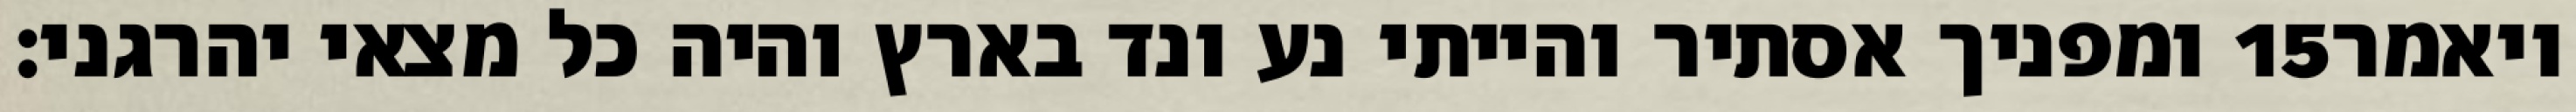
ומפניך אסתיר והייתי נע ונד בארץ והיה כל מצאי יהרגני׃ ‎15‏ ויאמר